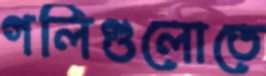
গলিগুলোতে